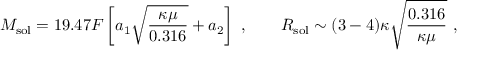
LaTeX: M _ { \mathrm { s o l } } = 1 9 . 4 7 F \left[ a _ { 1 } \sqrt { \frac { \kappa \mu } { 0 . 3 1 6 } } + a _ { 2 } \right] \ , \ \ \ \ \ \ R _ { \mathrm { s o l } } \sim ( 3 - 4 ) \kappa \sqrt { \frac { 0 . 3 1 6 } { \kappa \mu } } \ ,